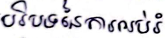
បរិបទនៃការអប់រំ